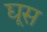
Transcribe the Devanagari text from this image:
द्यूस